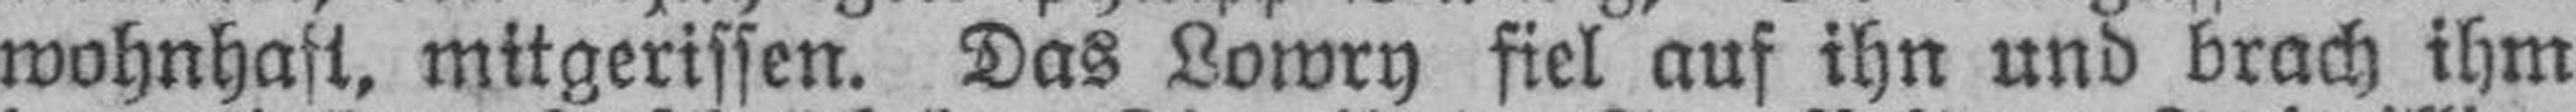
wohnhaft, mitgerissen. Das Lowry fiel auf ihn und brach ihm